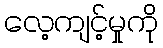
လေ့ကျင့်မှုကို